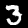
Label: 3